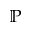
\mathbb { P }